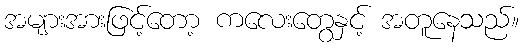
အများအားဖြင့်တော့ ကလေးတွေနှင့် အတူနေသည်။